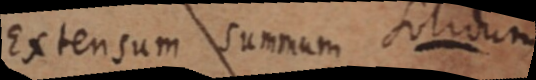
Extensum summum solidum